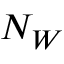
N _ { W }